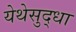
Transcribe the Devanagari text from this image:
येथेसुद्धा